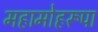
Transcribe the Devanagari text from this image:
महामोहरूपा